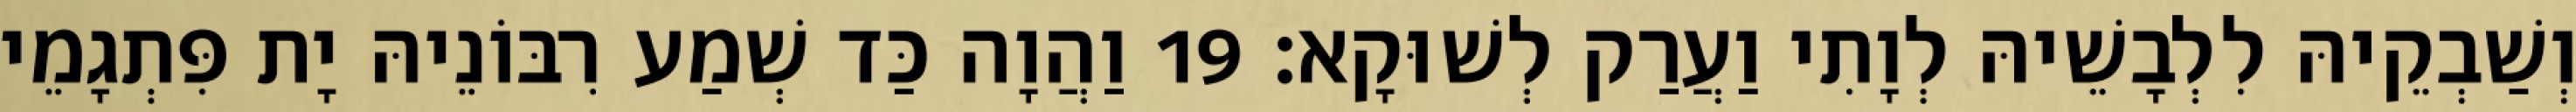
וְשַׁבְקֵיהּ לִלְבָשֵׁיהּ לְוָתִי וַעֲרַק לְשׁוּקָא׃ 19 וַהֲוָה כַּד שְׁמַע רִבּוֹנֵיהּ יָת פִּתְגָמֵי